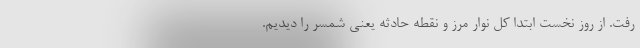
رفت. از روز نخست ابتدا کل نوار مرز و نقطه حادثه یعنی شمسر را دیدیم.